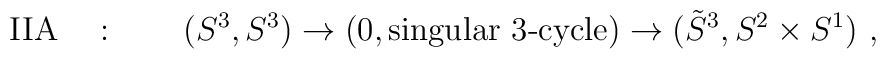
\mbox{IIA}\quad :\qquad (S^3,S^3)\to (0,\mbox{singular 3-cycle})\to(\tilde S^3, S^2\times S^1)~,